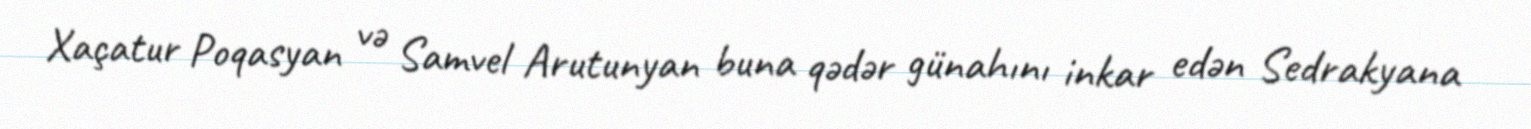
Xaçatur Poqasyan və Samvel Arutunyan buna qədər günahını inkar edən Sedrakyana